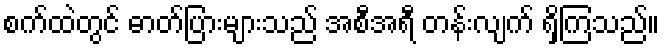
စက်ထဲတွင် ဓာတ်ပြားများသည် အစီအရီ တန်းလျက် ရှိကြသည်။